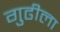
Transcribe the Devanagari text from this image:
गुढीला